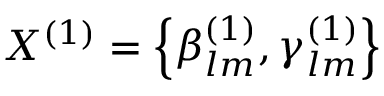
X ^ { ( 1 ) } = \left\lbrace { \beta _ { l m } ^ { ( 1 ) } , \gamma _ { l m } ^ { ( 1 ) } } \right\rbrace